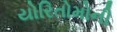
યોરિતોમોની